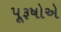
પૂરૂષોએ